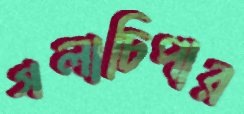
গলাচিপার